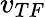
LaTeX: v_{TF}